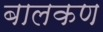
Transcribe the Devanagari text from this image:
बालकण